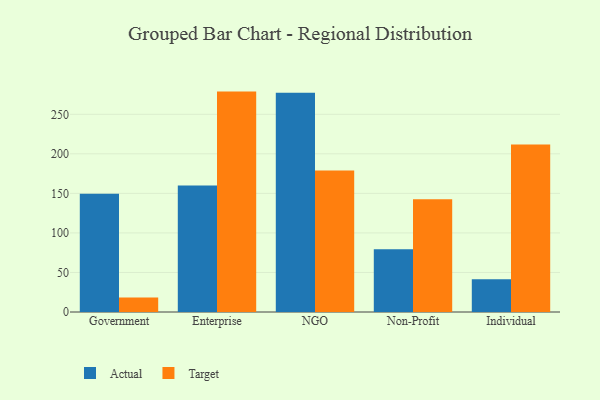
{"axis": {"x": "Segment", "y": "Demand Index"}, "legend": ["Actual", "Target"], "data": [{"x": "Government", "y": 149.5, "type": "Actual"}, {"x": "Government", "y": 18.3, "type": "Target"}, {"x": "Enterprise", "y": 160.1, "type": "Actual"}, {"x": "Enterprise", "y": 278.7, "type": "Target"}, {"x": "NGO", "y": 277.3, "type": "Actual"}, {"x": "NGO", "y": 178.9, "type": "Target"}, {"x": "Non-Profit", "y": 79.2, "type": "Actual"}, {"x": "Non-Profit", "y": 142.6, "type": "Target"}, {"x": "Individual", "y": 41.3, "type": "Actual"}, {"x": "Individual", "y": 211.9, "type": "Target"}]}